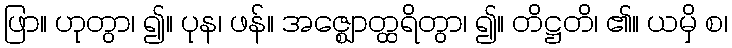
ဖြာ။ ဟုတွာ၊ ၍။ ပုန၊ ဖန်။ အဇ္ဈောတ္ထရိတွာ၊ ၍။ တိဋ္ဌတိ၊ ၏။ ယမှိ စ၊